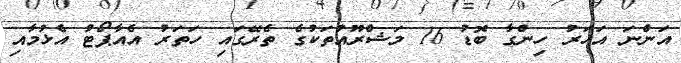
އަންނަ އަހަރު ހިންގާ ބޮޑު 16 މަޝްރޫއުތަކުގެ ތެރޭގައި ހަތަރު އެއާޕޯޓު އެޅުމާއި